Plague in India, 1896, 1897 - Volume 3
Year: 1896
Disease focus: Plague
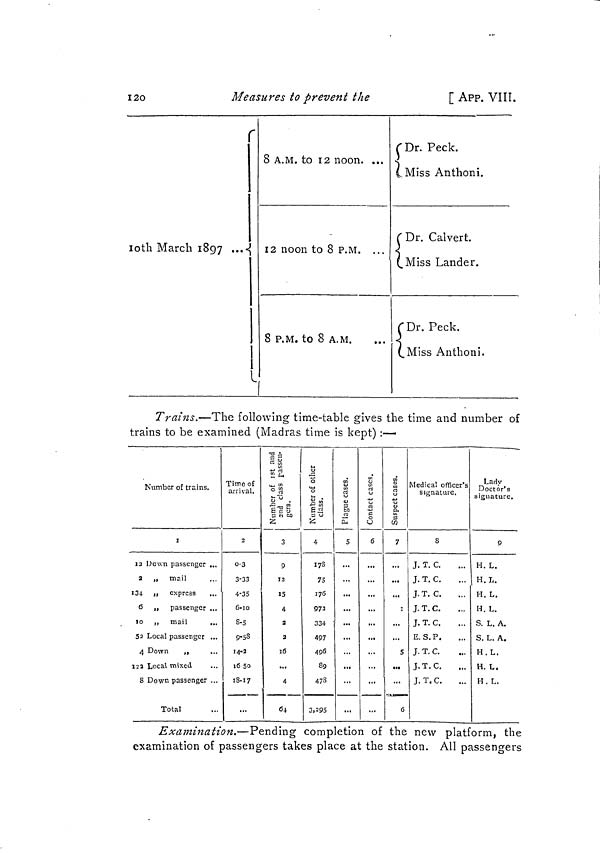
i2o
Measures to prevent the
[ APP. VIII.
r
loth March 1897 ••••{
1
8 A.M. to 12 noon. ...
12 noon to 8 P.M. ...
8 P.M. to 8 A.M.
"1
f Dr. Peck.
(„Miss Anthoni.
C Dr. Calvert.
(_Miss Lander.
r Dr. Peck.
(.Miss Anthoni.
Trains.—The following time-table gives the time and number of
trains to be examined (Madras time is kept) :—
1
Number of trains.
i
13 Uo\vn passenger ...
a „ mail
134 a express
6 ,, passenger ...
10 ,, mail
...
52 Local passenger ...
4 Down
,,
...
122 Local mixed
8 Down passenger ...
Total
Time of
arrival.
2
0-3
3-33
4-35
G-io
8-5
9-sS
14-2
16 So
18-17
"CJ A
tr »
U É-M
"°1
!•§§" S M SB
2
3
9
12
15
4
2
a
16
...
4
64
i4
o
U-l
i-t
f> Ú
g rt
¿
4
1 7S
75
176
973
334
497
496
89
478
3,295
rt
bij
£
5
...
...
...
...
o
S
2
c
tj
6
...
...
...
i
0
£X
3
W
7
...
...
...
i
...
...
S
...
6
Medical officer's
signatuie.
8
J. T. C.
J. T. C.
J.T. C.
J. T. C.
J. T. C.
E. S. P
J. T. C.
J.T.C.
J. T.C.
Lady
Doctor's
signature,
9
H. L.
H.L.
H. L.
H. L.
S. L. A.
S. L. A.
H.L.
H. L.
H. L.
Examination.—Pending completion of the new platform, the
examination of passengers takes place at the station. All passengers